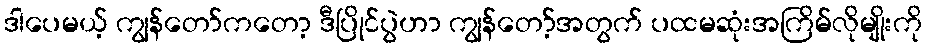
ဒါပေမယ့် ကျွန်တော်ကတော့ ဒီပြိုင်ပွဲဟာ ကျွန်တော့်အတွက် ပထမဆုံးအကြိမ်လိုမျိုးကို